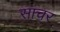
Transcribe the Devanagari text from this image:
साचर